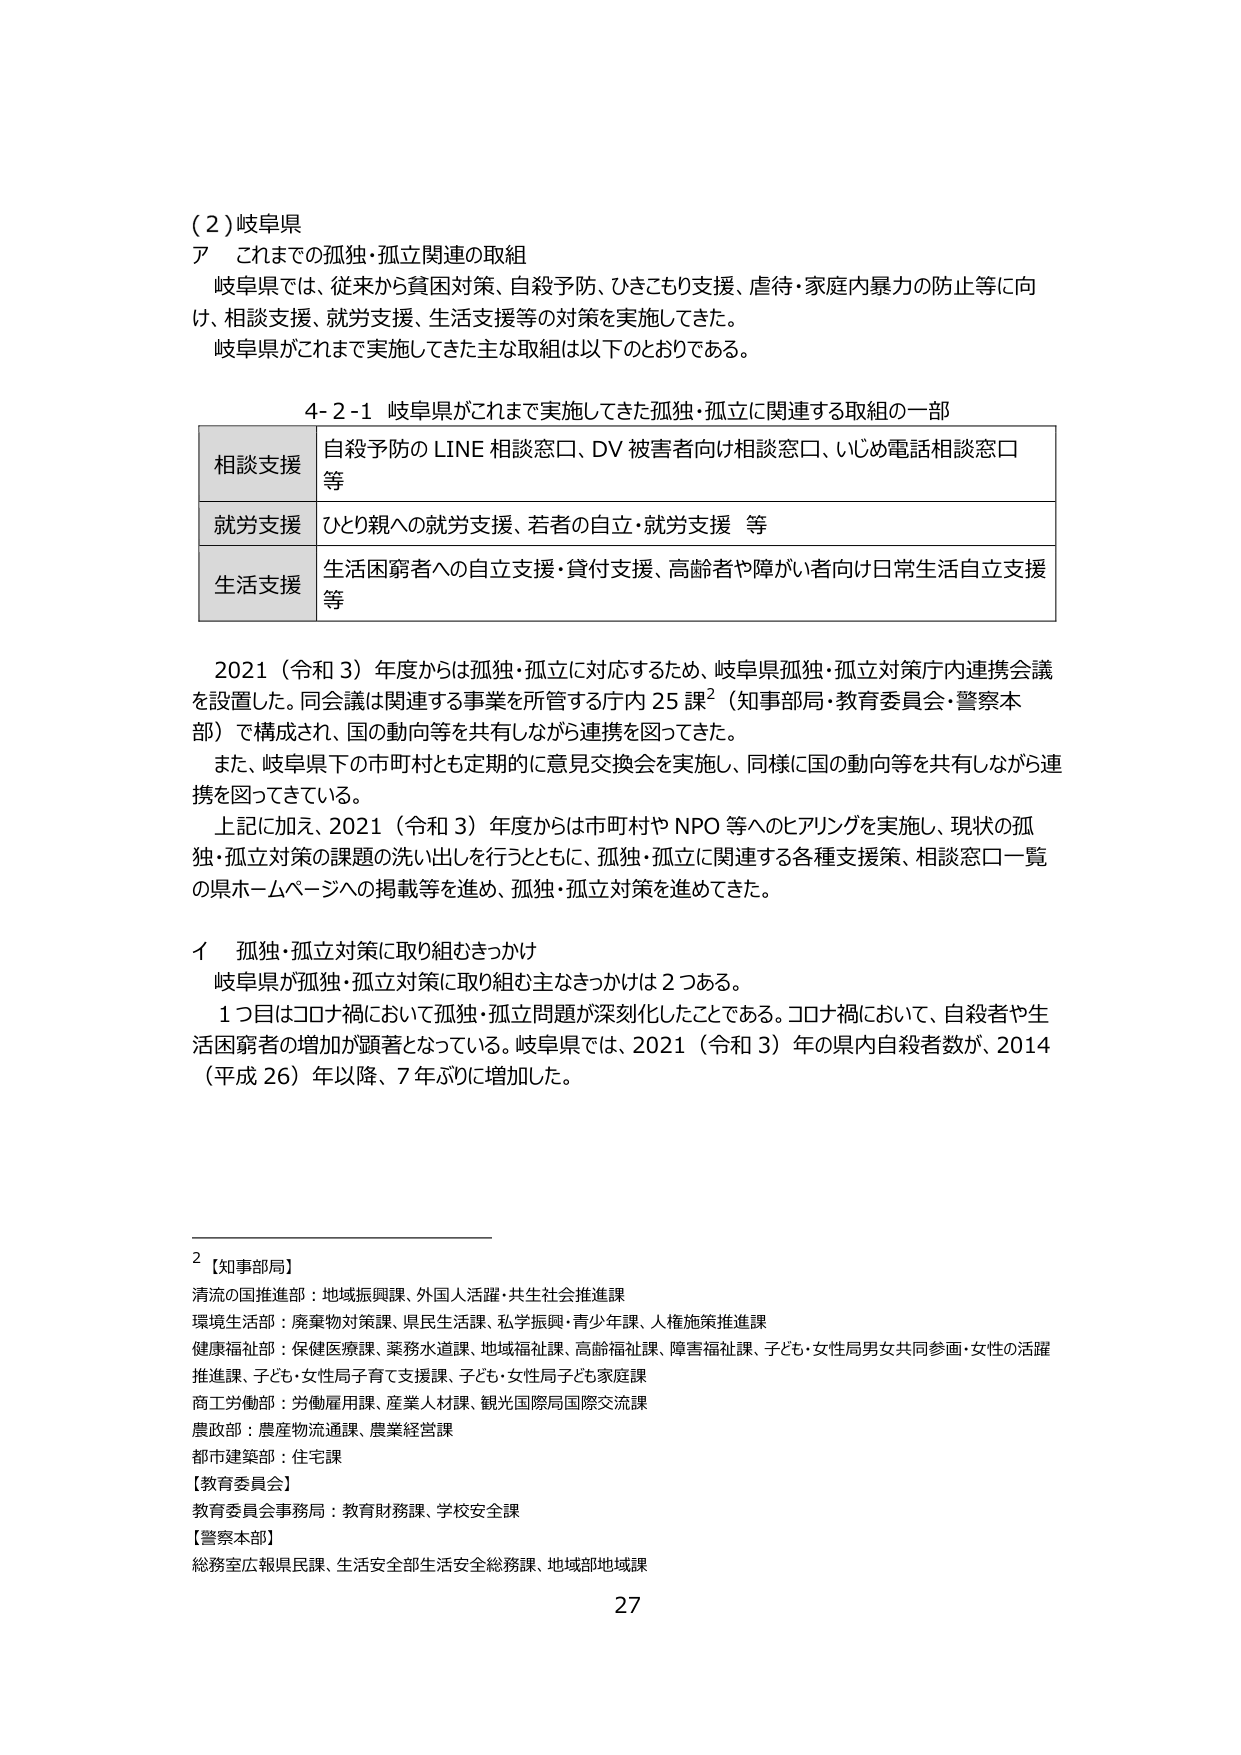
(2) 岐阜県
ア これまでの孤独・孤立関連の取組
岐阜県では、従来から貧困対策、自殺予防、ひきこもり支援、虐待・家庭内暴力の防止等に向け、相談支援、就労支援、生活支援等の対策を実施してきた。
岐阜県がこれまで実施してきた主な取組は以下のとおりである。

4-2-1 岐阜県がこれまで実施してきた孤独・孤立に関連する取組の一部

| 相談支援 | 自殺予防の LINE 相談窓口、DV 被害者向け相談窓口、いじめ電話相談窓口等 |
|----------|------------------------------------------------------------------|
| 就労支援 | ひとり親への就労支援、若者の自立・就労支援 等                     |
| 生活支援 | 生活困窮者への自立支援・貸付支援、高齢者や障がい者向け日常生活自立支援等 |

2021（令和 3）年度からは孤独・孤立に対応するため、岐阜県孤独・孤立対策庁内連携会議を設置した。同会議は関連する事業を所管する庁内 25 課²（知事部局・教育委員会・警察本部）で構成され、国の動向等を共有しながら連携を図ってきた。
また、岐阜県下の市町村とも定期的に意見交換会を実施し、同様に国の動向等を共有しながら連携を図ってきている。
上記に加え、2021（令和 3）年度からは市町村や NPO 等へのヒアリングを実施し、現状の孤独・孤立対策の課題の洗い出しを行うとともに、孤独・孤立に関連する各種支援策、相談窓口一覧の県ホームページへの掲載等を進め、孤独・孤立対策を進めてきた。

イ 孤独・孤立対策に取り組むきっかけ
岐阜県が孤独・孤立対策に取り組む主なきっかけは 2 つある。
1 つ目はコロナ禍において孤独・孤立問題が深刻化したことである。コロナ禍において、自殺者や生活困窮者の増加が顕著となっている。岐阜県では、2021（令和 3）年の県内自殺者数が、2014（平成 26）年以降、7 年ぶりに増加した。

2 【知事部局】
清流の国推進部：地域振興課、外国人活躍・共生社会推進課
環境生活部：廃棄物対策課、県民生活課、私学振興・青少年課、人権施策推進課
健康福祉部：保健医療課、薬務水道課、地域福祉課、高齢福祉課、障害福祉課、子ども・女性局男女共同参画・女性の活躍推進課、子ども・女性局子育て支援課、子ども・女性局子ども家庭課
商工労働部：労働雇用課、産業人材課、観光国際局国際交流課
農政部：農産物流通課、農業経営課
都市建築部：住宅課
【教育委員会】
教育委員会事務局：教育財務課、学校安全課
【警察本部】
総務室広報県民課、生活安全部生活安全総務課、地域部地域課

27